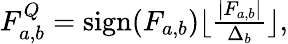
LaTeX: \begin{array}{r}{F_{a,b}^{Q}=\mathrm{sign}(F_{a,b})\lfloor\frac{|F_{a,b}|}{\Delta_{b}}\rfloor,}\end{array}